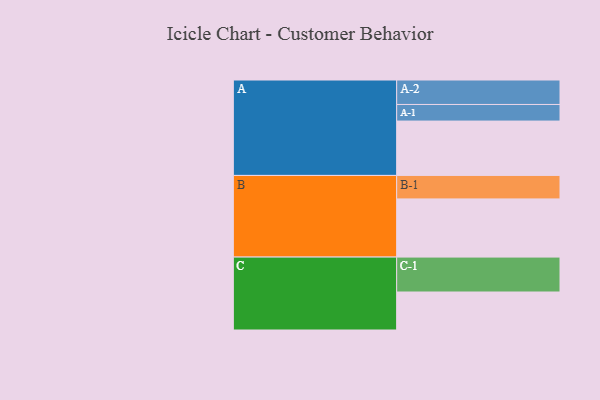
{"axis": {"x": "Segment", "y": "Value"}, "legend": ["", "A", "B", "C"], "data": [{"x": "A", "y": 442, "type": ""}, {"x": "B", "y": 473, "type": ""}, {"x": "C", "y": 309, "type": ""}, {"x": "A-1", "y": 135, "type": "A"}, {"x": "A-2", "y": 199, "type": "A"}, {"x": "B-1", "y": 191, "type": "B"}, {"x": "C-1", "y": 284, "type": "C"}]}